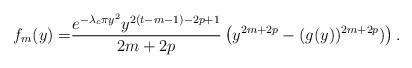
LaTeX: \begin{align*} f_m(y) =& \frac{e^{-\lambda_c \pi y^2} y^{2(t-m-1)-2p+1} }{2m+2p} \left(y^{2m+2p} - (g(y))^{2m+2p})\right). \end{align*}